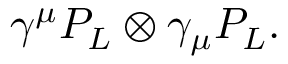
\gamma ^ { \mu } P _ { L } \otimes \gamma _ { \mu } P _ { L } .